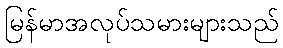
မြန်မာအလုပ်သမားများသည်